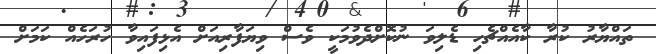
ތައްޔާރު ކުރާ ކާއެއްޗެހި ޑެލިވަ ނުކޮށްދެވުމަކީ ވެސް ވިޔަފާރިއަށް އެޅިފައިވާ ހުރަހެއް ކަމަށް